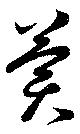
冀